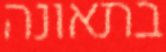
בתאונה